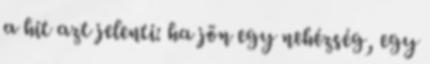
a hit azt jelenti: ha jön egy nehézség, egy